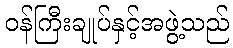
ဝန်ကြီးချုပ်နှင့်အဖွဲ့သည်